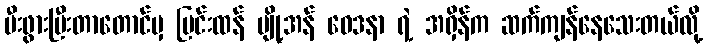
မီးဖွားပြီးတာတောင်မှ ပြင်းထန် ပျို့အန် ဝေဒနာ ရဲ့ အရှိန်က ဆက်ကျန်နေသေးတယ်လို့